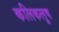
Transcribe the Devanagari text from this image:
कलिकलुष